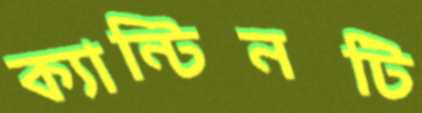
ক্যান্টিনটি